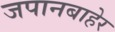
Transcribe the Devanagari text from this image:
जपानबाहेर